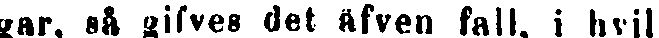
gar, så gifves det äfven fall, i hvil